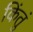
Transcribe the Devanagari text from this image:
किंतुं